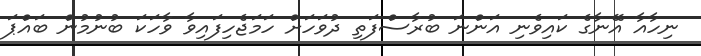
ނިހާއާ އޭނާގެ ކައިވެނި އަންނަ ބުރާސްފަތި ދުވަހަށް ހަމަޖެހިފައިވާ ވާހަކަ ބުނުމުން ބައްޕަ